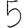
Digit: 5